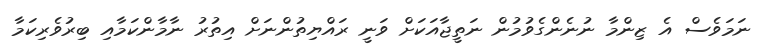
ނަމަވެސް އެ ޒިންމާ ނުނެންގެވުމުން ނަތީޖާއަކަށް ވަނީ ރައްޔިތުންނަށް އިތުރު ނާމާންކަމާއި ބިރުވެރިކަމާ